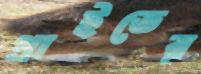
প্রাইডের